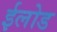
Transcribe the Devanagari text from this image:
ईलोड